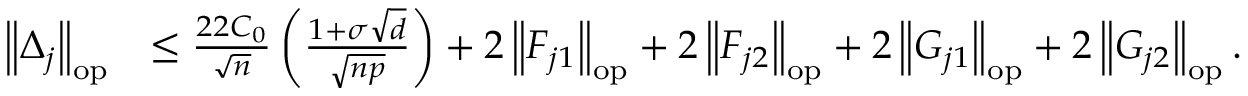
\begin{array} { r l } { \left\| { \Delta _ { j } } \right\| _ { \mathrm { o p } } } & { \leq \frac { 2 2 C _ { 0 } } { \sqrt { n } } \left( \frac { 1 + \sigma \sqrt { d } } { \sqrt { n p } } \right) + 2 \left\| { F _ { j 1 } } \right\| _ { \mathrm { o p } } + 2 \left\| { F _ { j 2 } } \right\| _ { \mathrm { o p } } + 2 \left\| { G _ { j 1 } } \right\| _ { \mathrm { o p } } + 2 \left\| { G _ { j 2 } } \right\| _ { \mathrm { o p } } . } \end{array}